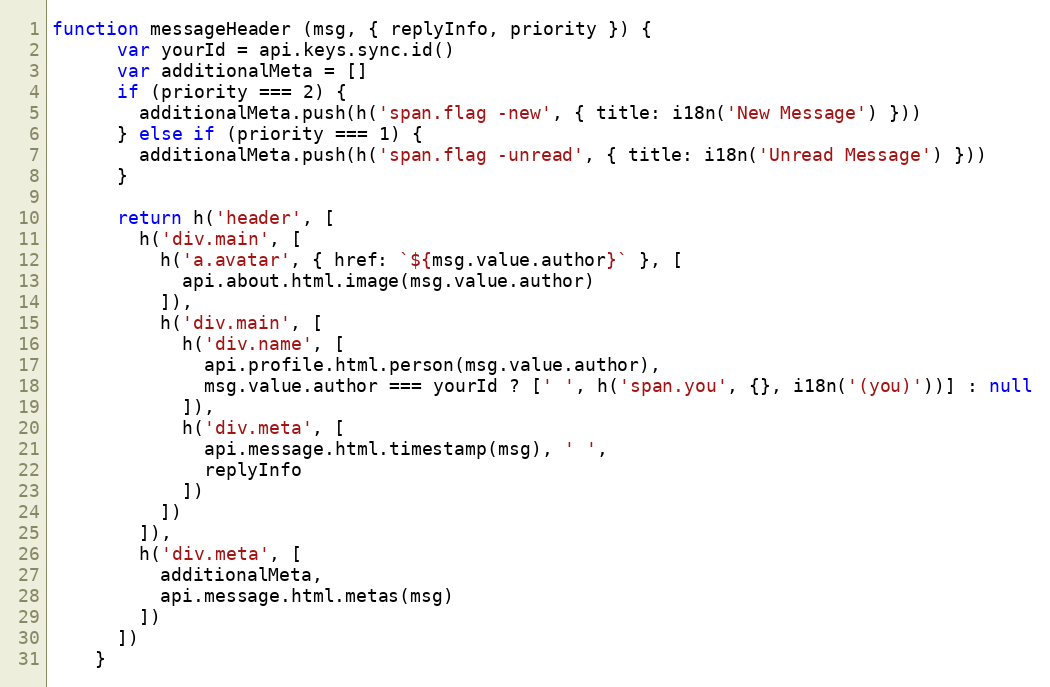
Language: JavaScript
function messageHeader (msg, { replyInfo, priority }) {
      var yourId = api.keys.sync.id()
      var additionalMeta = []
      if (priority === 2) {
        additionalMeta.push(h('span.flag -new', { title: i18n('New Message') }))
      } else if (priority === 1) {
        additionalMeta.push(h('span.flag -unread', { title: i18n('Unread Message') }))
      }

      return h('header', [
        h('div.main', [
          h('a.avatar', { href: `${msg.value.author}` }, [
            api.about.html.image(msg.value.author)
          ]),
          h('div.main', [
            h('div.name', [
              api.profile.html.person(msg.value.author),
              msg.value.author === yourId ? [' ', h('span.you', {}, i18n('(you)'))] : null
            ]),
            h('div.meta', [
              api.message.html.timestamp(msg), ' ',
              replyInfo
            ])
          ])
        ]),
        h('div.meta', [
          additionalMeta,
          api.message.html.metas(msg)
        ])
      ])
    }